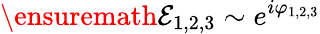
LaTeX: \ensuremath{{\cal E}}_{1,2,3}\sim e^{i\varphi_{1,2,3}}